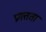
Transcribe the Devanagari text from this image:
प्रमत्तता